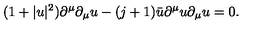
( 1 + | u | ^ { 2 } ) \partial ^ { \mu } \partial _ { \mu } u - ( j + 1 ) \bar { u } \partial ^ { \mu } u \partial _ { \mu } u = 0 .